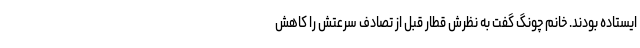
ایستاده بودند. خانم چونگ گفت به نظرش قطار قبل از تصادف سرعتش را کاهش